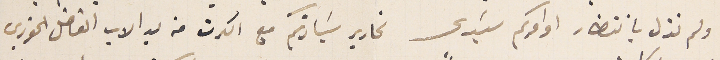
ولم نزل بانتظار اوامركم سَيدي تحارير سَيادتكم مع الكرت من يد الاب الفاضل الخوري